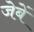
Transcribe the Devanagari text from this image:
जेबें